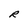
Character: R